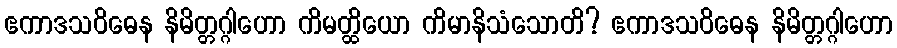
ဧကာဒသဝိဓေန နိမိတ္တဂ္ဂါဟော ကိမတ္ထိယော ကိမာနိသံသောတိ? ဧကာဒသဝိဓေန နိမိတ္တဂ္ဂါဟော